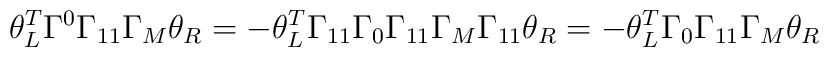
\theta_L^T\Gamma^0\Gamma_{11}\Gamma_M\theta_R=-\theta_L^T\Gamma_{11}\Gamma_0\Gamma_{11}\Gamma_M\Gamma_{11}\theta_R=-\theta_L^T\Gamma_0\Gamma_{11}\Gamma_M\theta_R